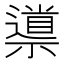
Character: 𱵮